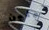
جلين